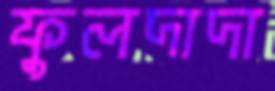
ফুলদাদা